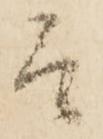
そ